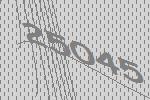
25045